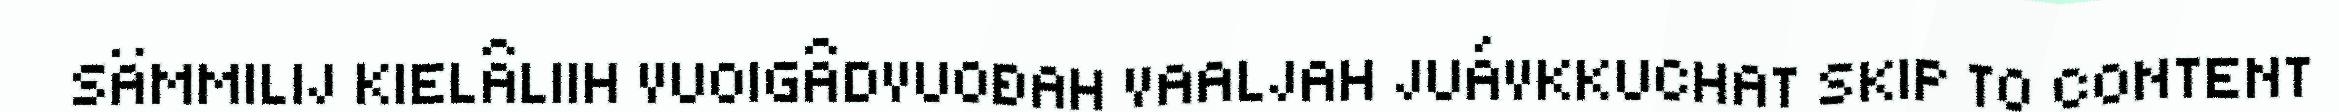
SÄMMILIJ KIELÂLIIH VUOIGÂDVUOĐAH VAALJAH JUÁVKKUCHAT SKIP TO CONTENT